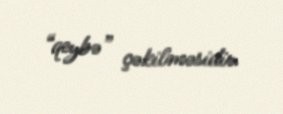
“qeybə” çəkilməsidir.